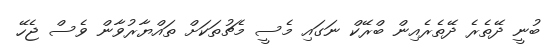
ބުނީ ދޭތެރެ ދޭތެރެއިން ބްރޭކް ނަގައި މެސީ މެޗުތަކަށް ތައްޔާރުވާން ވެސް ޖެހޭ